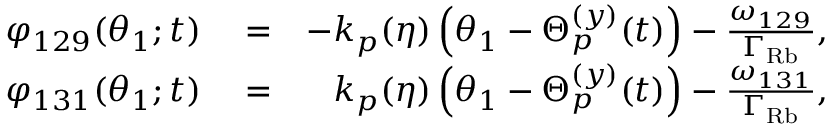
\begin{array} { r l r } { \varphi _ { 1 2 9 } ( \theta _ { 1 } ; t ) } & { { } = } & { - k _ { p } ( \eta ) \left( \theta _ { 1 } - \Theta _ { p } ^ { ( y ) } ( t ) \right) - \frac { \omega _ { 1 2 9 } } { \Gamma _ { \mathrm { R b } } } , } \\ { \varphi _ { 1 3 1 } ( \theta _ { 1 } ; t ) } & { { } = } & { k _ { p } ( \eta ) \left( \theta _ { 1 } - \Theta _ { p } ^ { ( y ) } ( t ) \right) - \frac { \omega _ { 1 3 1 } } { \Gamma _ { \mathrm { R b } } } , } \end{array}